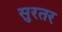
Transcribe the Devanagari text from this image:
सुरतर